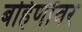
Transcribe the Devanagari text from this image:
बहिणींवर